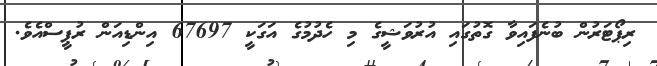
ރިޕޯޓަރުން ބުނެފައިވާ ގޮތުގައި އުރުވަޝީގެ މި ހެދުމުގެ އަގަކީ 67697 އިންޑިއަން ރުޕީސްއެވެ.